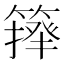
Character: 𥲷